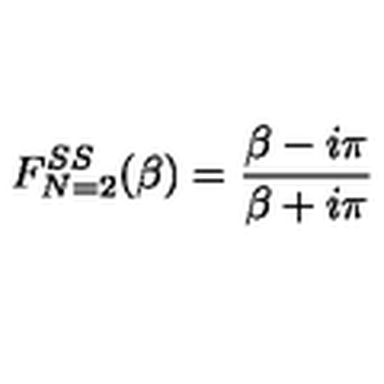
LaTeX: F _ { N = 2 } ^ { S S } ( \beta ) = \frac { \beta - i \pi } { \beta + i \pi }